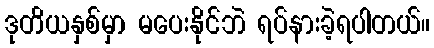
ဒုတိယနှစ်မှာ မပေးနိုင်ဘဲ ရပ်နားခဲ့ရပါတယ်။